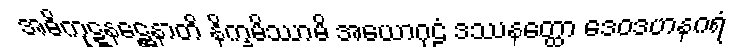
အဓိကုဋ္ဋနဋ္ဌေနာတိ နိက္ခမိဿာမိ အယောဂုဠံ ဒဿနတ္ထော ဒေဝဒဟနဂရံ